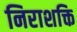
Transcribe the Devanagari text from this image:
निराशक्ति